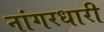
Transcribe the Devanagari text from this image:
नांगरधारी